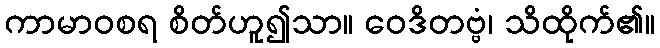
ကာမာဝစရ စိတ်ဟူ၍သာ။ ဝေဒိတဗ္ဗံ၊ သိထိုက်၏။